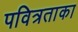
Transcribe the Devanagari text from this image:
पवित्रताका